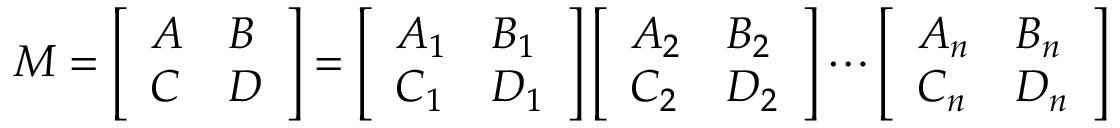
M = \left[ \begin{array} { l l } { A } & { B } \\ { C } & { D } \end{array} \right] = \left[ \begin{array} { l l } { A _ { 1 } } & { B _ { 1 } } \\ { C _ { 1 } } & { D _ { 1 } } \end{array} \right] \left[ \begin{array} { l l } { A _ { 2 } } & { B _ { 2 } } \\ { C _ { 2 } } & { D _ { 2 } } \end{array} \right] \cdots \left[ \begin{array} { l l } { A _ { n } } & { B _ { n } } \\ { C _ { n } } & { D _ { n } } \end{array} \right]